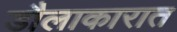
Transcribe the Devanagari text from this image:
डौलाकारात